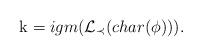
LaTeX: \begin{align*}\mathrm{k} =igm( \mathcal{L}_{\prec} (char(\phi))).\end{align*}